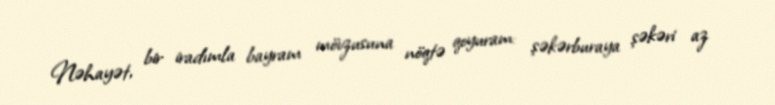
Nəhayət, bir iradımla bayram mövzusuna nöqtə qoyuram: şəkərburaya şəkəri az